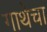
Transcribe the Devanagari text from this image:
गाथेचा